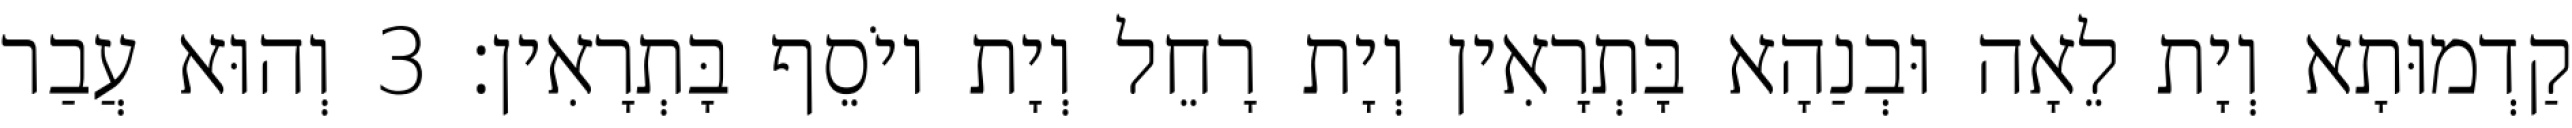
קַדְמוּתָא וְיָת לֵאָה וּבְנַהָא בָּתְרָאִין וְיָת רָחֵל וְיָת יוֹסֵף בָּתְרָאִין׃ 3 וְהוּא עֲבַר